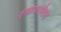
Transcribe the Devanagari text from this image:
एन्वायरमेंटल